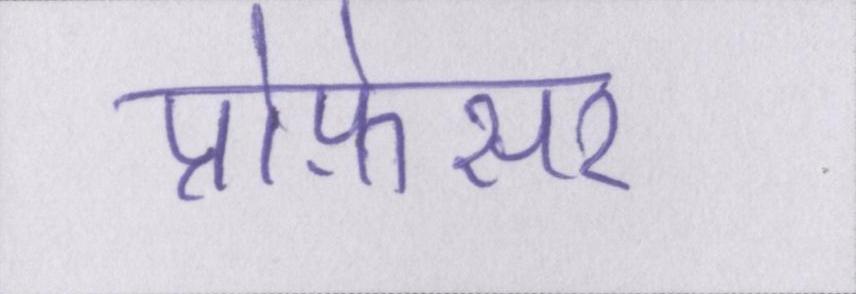
प्रोफ़ेसर